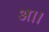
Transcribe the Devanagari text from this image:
अ।।